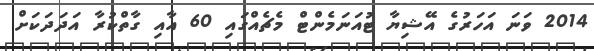
2014 ވަނަ އަހަރުގެ އޭޝިޔާ ޓުއަނަމެންްޓް މެޗެއްގައި 60 އާއި ގާތްކުރާ އަދަދަކަށް